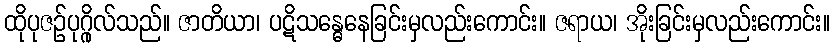
ထိုပုဇဉ်ပုဂ္ဂိုလ်သည်။ ဇာတိယာ၊ ပဋိသန္ဓေနေခြင်းမှလည်းကောင်း။ ဇရာယ၊ အိုးခြင်းမှလည်းကောင်း။